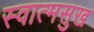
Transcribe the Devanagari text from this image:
स्वात्मसुख